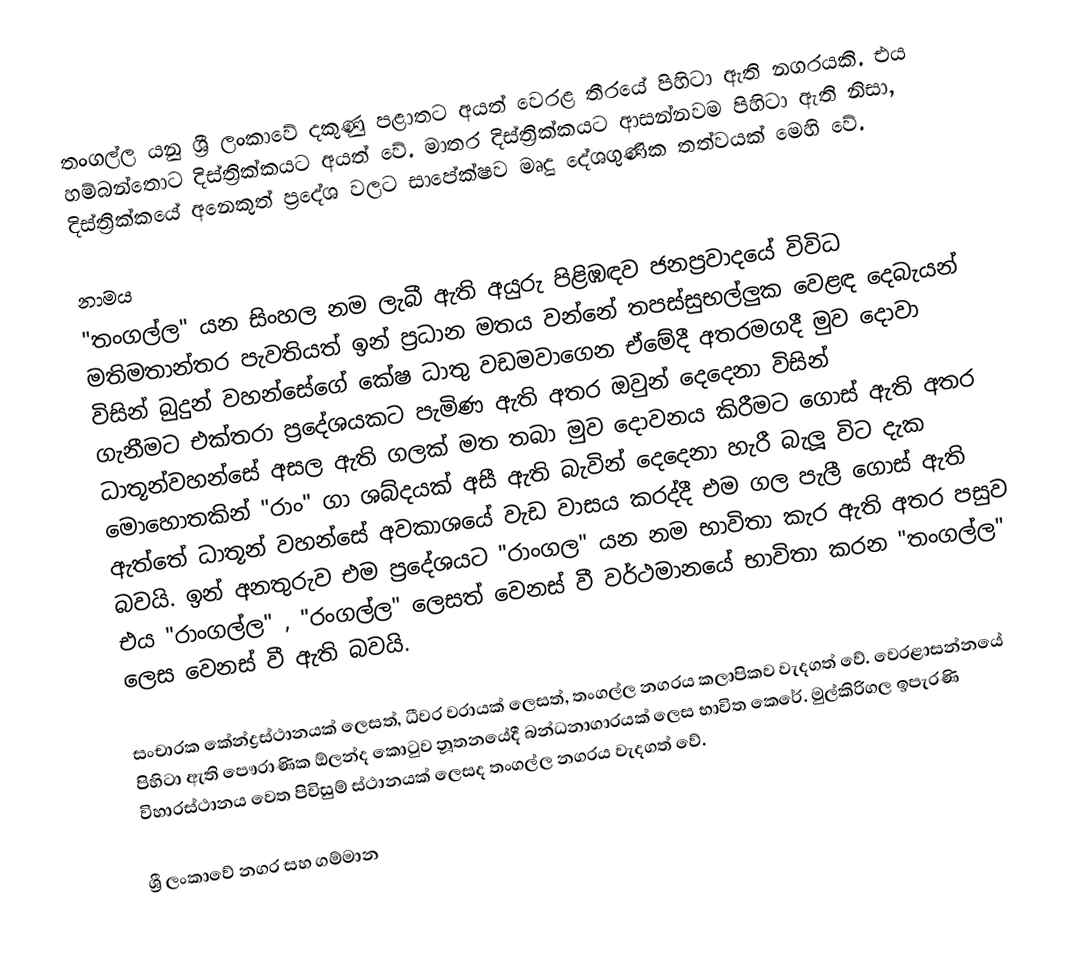
තංගල්ල යනු ශ්‍රී ලංකාවේ දකුණු පළාතට අයත්  වෙරළ තීරයේ පිහිටා ඇති නගරයකි. එය හම්බන්තොට දිස්ත්‍රික්කයට අයත් වේ.  මාතර දිස්ත්‍රික්කයට ආසන්නවම පිහිටා ඇති නිසා, දිස්ත්‍රික්කයේ අනෙකුත් ප්‍රදේශ වලට සාපේක්ෂව මෘදු දේශගුණික තත්වයක් මෙහි වේ.

නාමය
"තංගල්ල" යන සිංහල නම ලැබී ඇති අයුරු පිළිඹඳව ජනප්‍රවාදයේ විවිධ මතිමතාන්තර පැවතියත් ඉන් ප්‍රධාන මතය වන්නේ තපස්සුභල්ලුක වෙළඳ දෙබැයන් විසින් බුදුන් වහන්සේගේ කේෂ ධාතු වඩමවාගෙන ඒමේදී අතරමගදී මුව දොවා ගැනීමට එක්තරා ප්‍රදේශයකට පැමිණ ඇති අතර ඔවුන් දෙදෙනා විසින් ධාතූන්වහන්සේ අසල ඇති ගලක් මත තබා මුව දොවනය කිරීමට ගොස් ඇති අතර මොහොතකින් "රාං" ගා ශබ්දයක් අසී ඇති බැවින් දෙදෙනා හැරී බැලූ විට දැක ඇත්තේ ධාතූන් වහන්සේ අවකාශයේ වැඩ වාසය කරද්දී එම ගල පැලී ගොස් ඇති බවයි. ඉන් අනතුරුව එම ප්‍රදේශයට "රාංගල" යන නම භාවිතා කැර ඇති අතර පසුව එය "රාංගල්ල" , "රංගල්ල" ලෙසත් වෙනස් වී වර්ථමානයේ භාවිතා කරන "තංගල්ල" ලෙස වෙනස් වී ඇති බවයි.

සංචාරක කේන්ද්‍රස්ථානයක් ලෙසත්, ධීවර වරායක් ලෙසත්, තංගල්ල නගරය කලාපිකව වැදගත් වේ. වෙරළාසන්නයේ පිහිටා ඇති පෞරාණික ඕලන්ද කොටුව නූතනයේදී බන්ධනාගාරයක් ලෙස භාවිත කෙරේ. මුල්කිරිගල ඉපැරණි විහාරස්ථානය වෙත පිවිසුම් ස්ථානයක් ලෙසද තංගල්ල නගරය වැදගත් වේ.

ශ්‍රී ලංකාවේ නගර සහ ගම්මාන